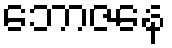
ဘောဇနေ